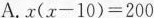
A. $$x ( x - 1 0 ) = 2 0 0$$